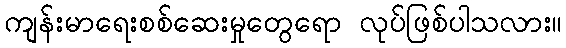
ကျန်းမာရေးစစ်ဆေးမှုတွေရော လုပ်ဖြစ်ပါသလား။